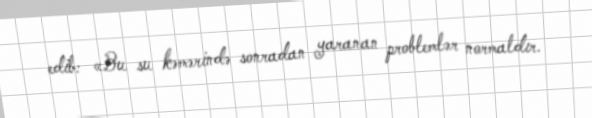
edib: «Bu su kəmərində sonradan yaranan problemlər normaldır.